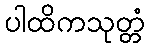
ပါထိကသုတ္တံ